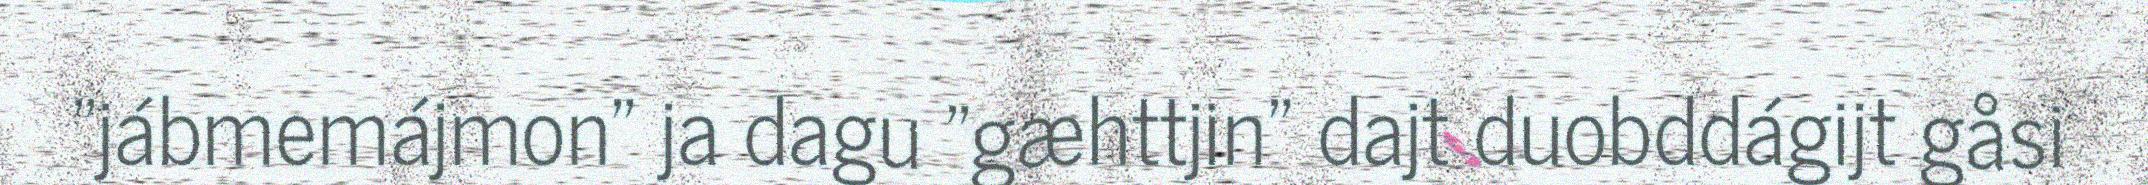
"jábmemájmon" ja dagu "gæhttjin" dajt duobddágijt gåsi